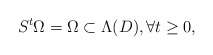
\begin{align*}S^t \Omega = \Omega \subset \Lambda(D), \forall t \ge 0, \end{align*}